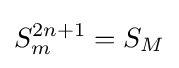
S_{m}^{2n+1}=S_{M}